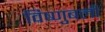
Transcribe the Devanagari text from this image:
विष्णुबली